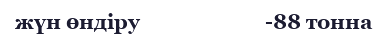
жүн өндіру                         -88 тонна